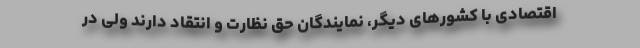
اقتصادی با کشورهای دیگر، نمایندگان حق نظارت و انتقاد دارند ولی در